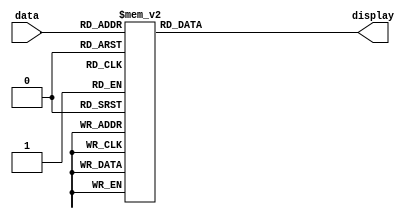
module sev_seg1(data, display);
input [2:0] data;
output reg [7:0]display;


always @(*)
 begin
    case(data[2:0])
    3'b000 : display = 8'b10001110; // f
    3'b001 : display = 8'b11111001;// 1
    3'b010 : display = 8'b10100100; //2
    3'b011 : display = 8'b10110000; //3 
    3'b100 : display = 8'b11111001; //1
    3'b101 : display = 8'b10100100; //2
    3'b110 : display = 8'b10110000; //3
    3'b111 : display = 8'b10001001; //h
   
    endcase
    
end

endmodule